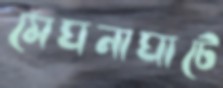
মেঘনাঘাটে